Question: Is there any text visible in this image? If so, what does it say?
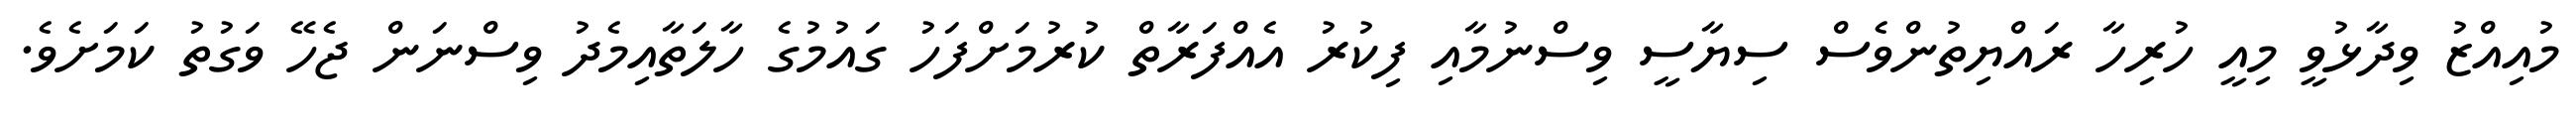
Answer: މުއިއްޒު ވިދާޅުވީ މިއީ ހުރިހާ ރައްޔިތުންވެސް ސިޔާސީ ވިސްނުމާއި ފިކުރު އެއްފަރާތް ކުރުމަށްފަހު ގައުމުގެ ހާލަތާއިމެދު ވިސްނަން ޖެހޭ ވަގުތު ކަމަށެވެ.